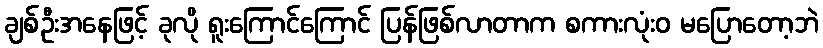
ချစ်ဦးအနေဖြင့် ခုလို ရူးကြောင်ကြောင် ပြန်ဖြစ်လာတာက စကားလုံးဝ မပြောတော့ဘဲ